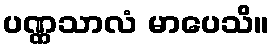
ပဏ္ဏသာလံ မာပေသိ။